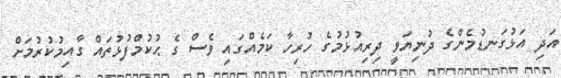
އަދި އަޅުގަނޑުމެންގެ ދުނިޔަވީ ދިރިއުޅުމުގެ ހުރިހާ ކަމެއްގައި ވެސް ގެ ޙުކުމްފުޅުތައް ގާއިމުކުރުމަށް